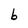
Character: b